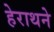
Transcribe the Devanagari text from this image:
हेराथने